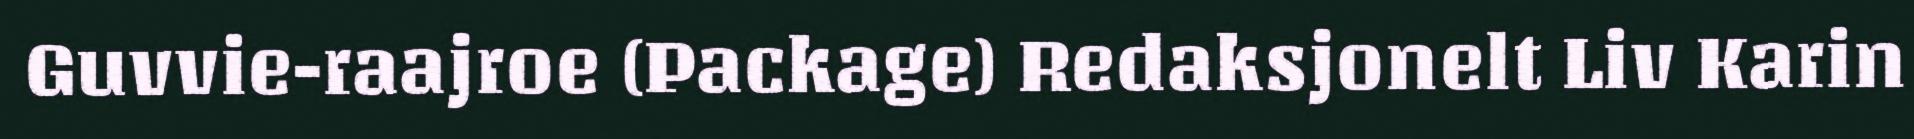
Guvvie-raajroe (Package) Redaksjonelt Liv Karin